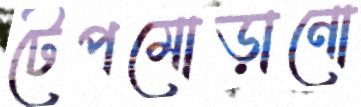
টেপমোড়ানো